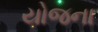
યોજના